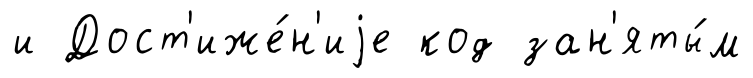
и Дост'иже́н'иjе код зан'яты́м